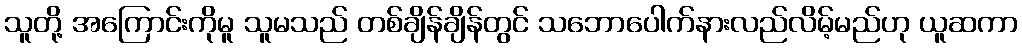
သူတို့ အကြောင်းကိုမူ သူမသည် တစ်ချိန်ချိန်တွင် သဘောပေါက်နားလည်လိမ့်မည်ဟု ယူဆကာ